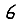
Digit: 6